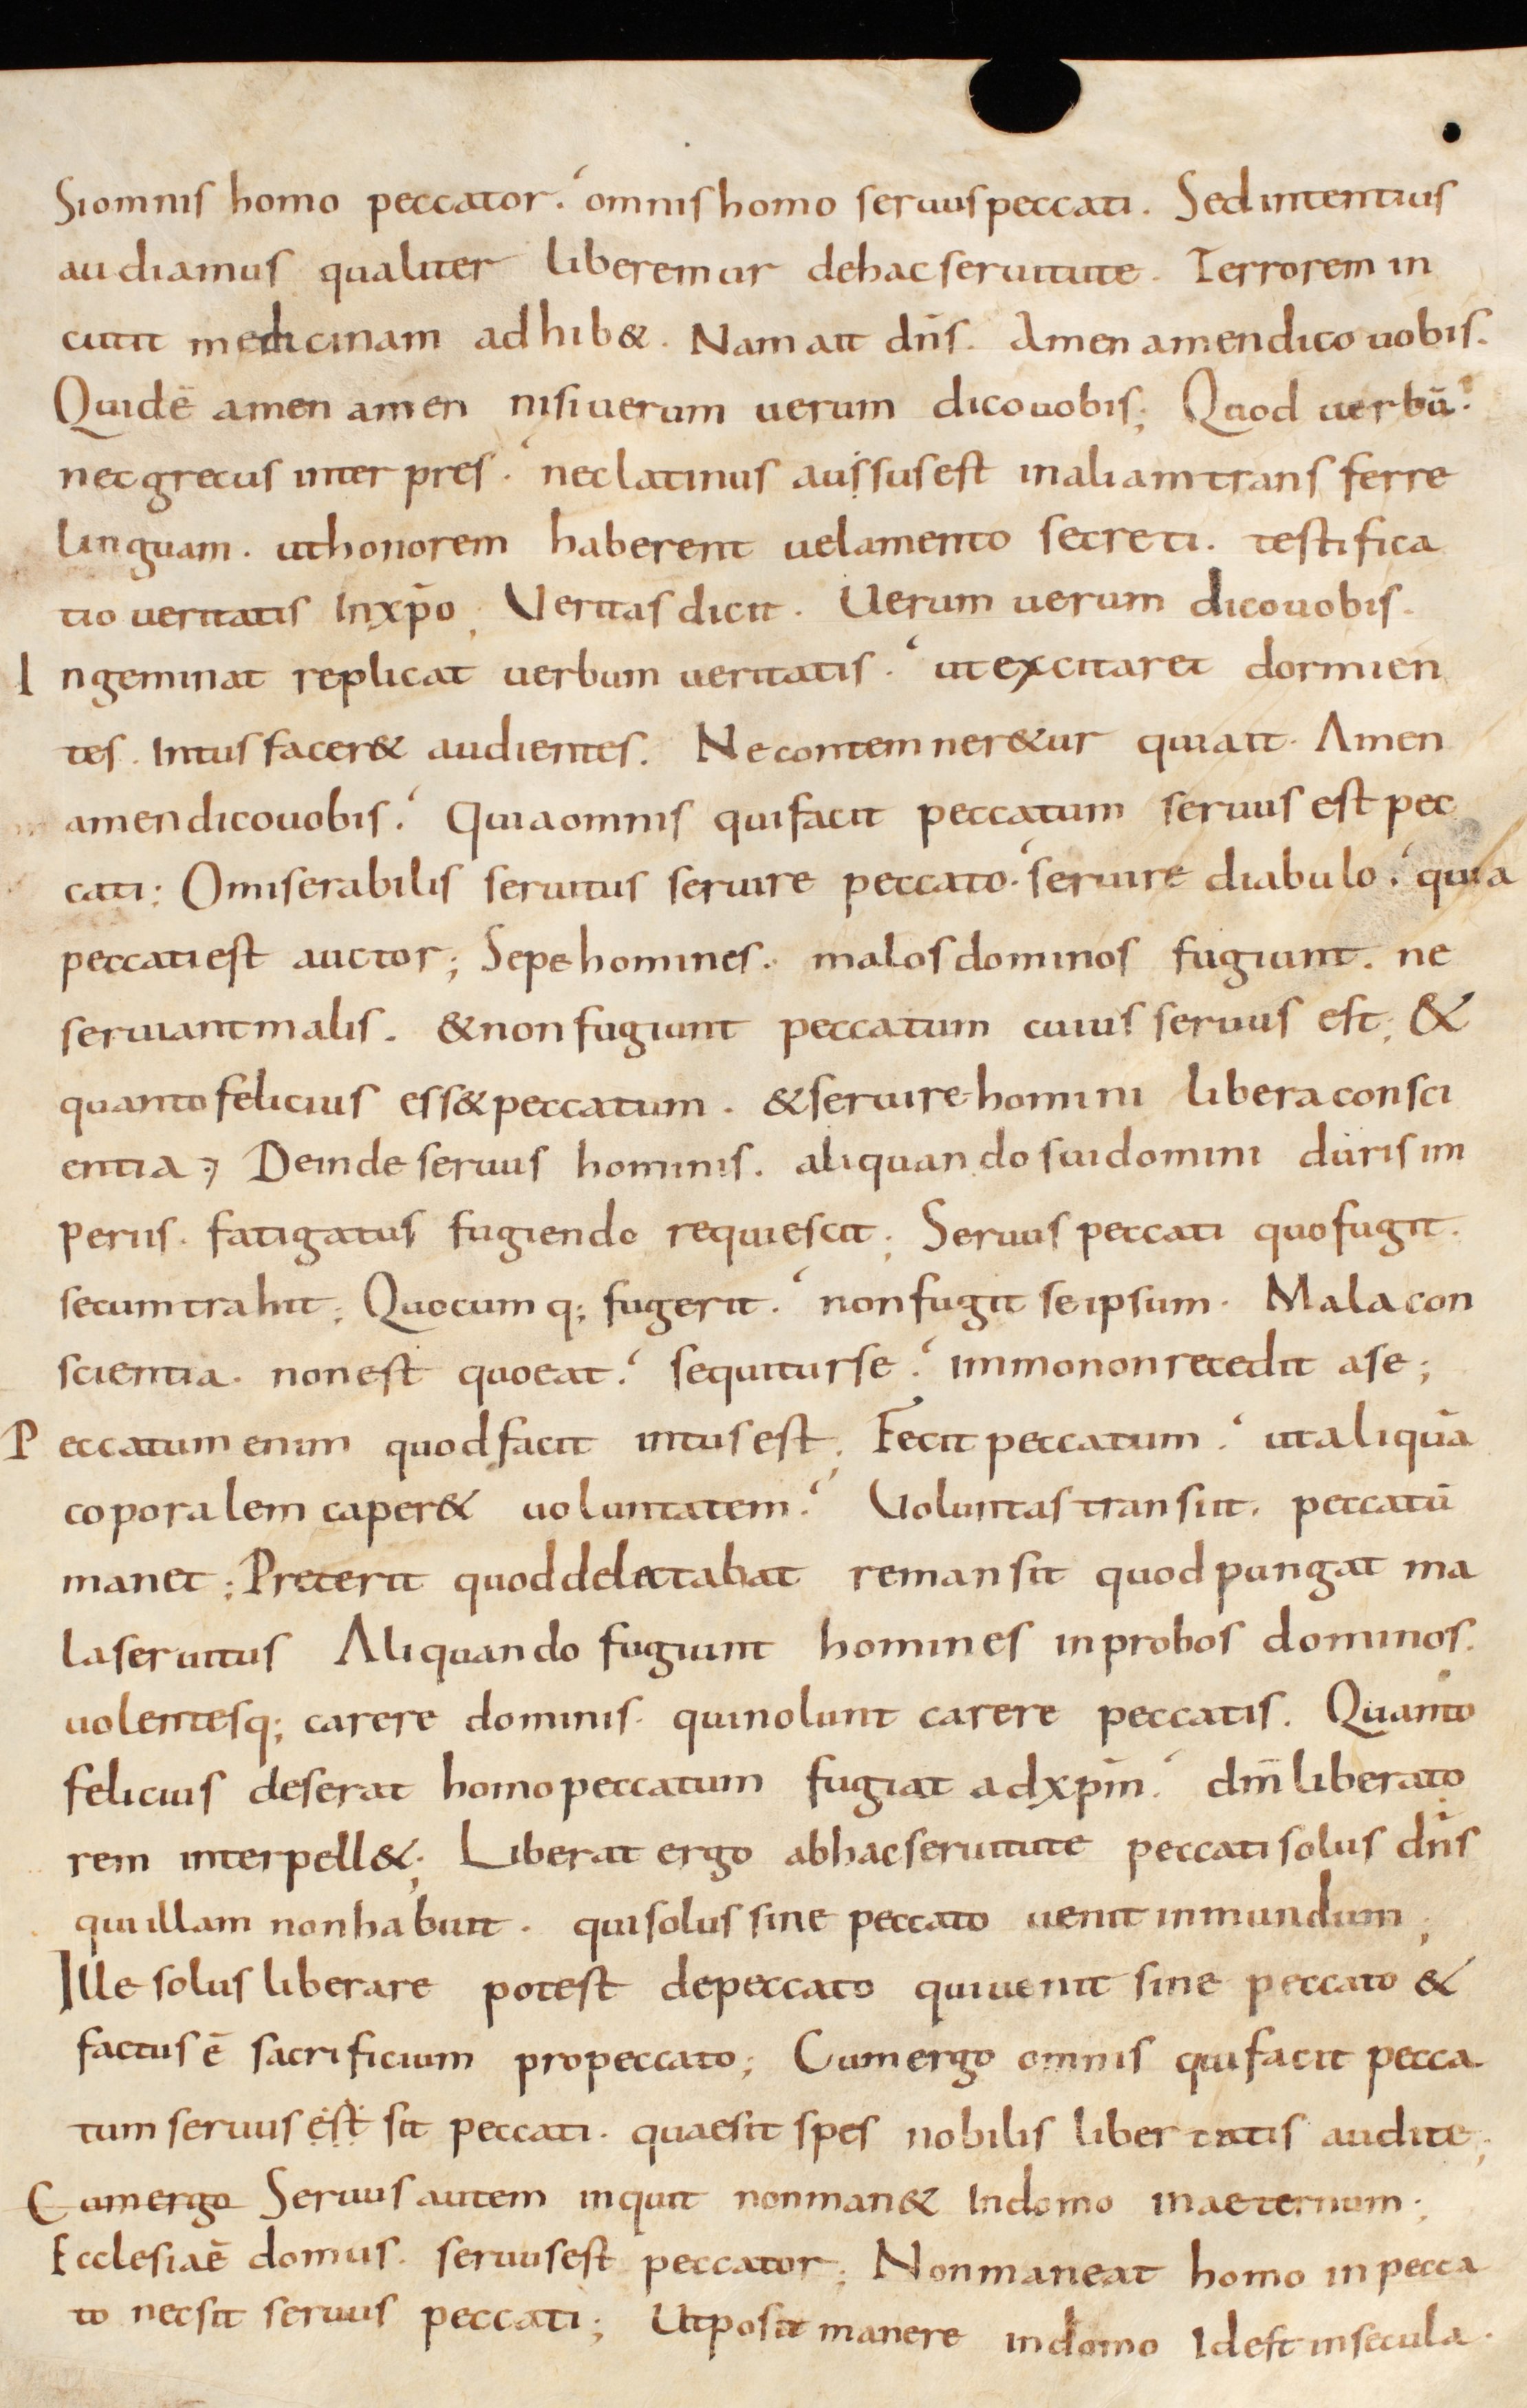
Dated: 800–999